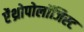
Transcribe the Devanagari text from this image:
ऐंथ्रोपोलॉजिस्ट